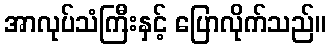
အာလုပ်သံကြီးနှင့် ပြောလိုက်သည်။